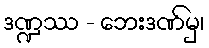
ဒဏ္ဍဿ - ဘေးဒဏ်မှ၊